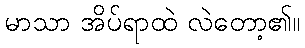
မာသာ အိပ်ရာထဲ လဲတော့၏။